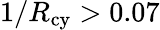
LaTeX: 1/R_{\mathrm{cy}}>0.07